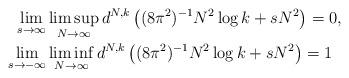
LaTeX: \begin{align*}\lim_{s\to \infty} &\limsup_{N\to \infty} d^{N,k} \left( (8\pi^2)^{-1}N^2\log k+sN^2 \right)=0,\\\lim_{s\to -\infty} &\liminf_{N\to \infty} d^{N,k} \left( (8\pi^2)^{-1}N^2\log k+sN^2 \right)=1\end{align*}